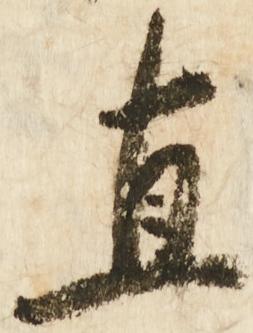
直